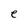
Character: e